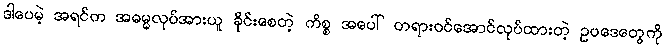
ဒါပေမဲ့ အရင်က အဓမ္မလုပ်အားယူ ခိုင်းစေတဲ့ ကိစ္စ အပေါ် တရားဝင်အောင်လုပ်ထားတဲ့ ဥပဒေတွေကို